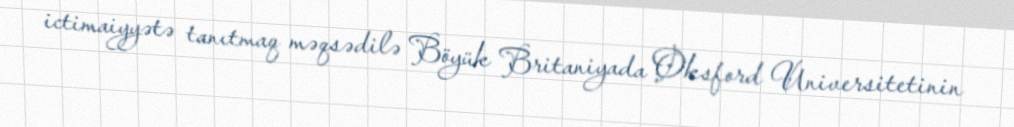
ictimaiyyətə tanıtmaq məqsədilə Böyük Britaniyada Oksford Universitetinin